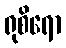
ရုစိရော